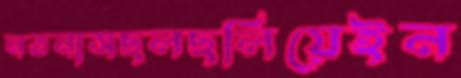
নতনাসছলছলিয়েইন